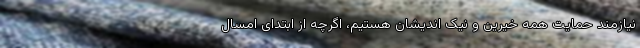
نیازمند حمایت همه خیرین و نیک اندیشان هستیم، اگرچه از ابتدای امسال